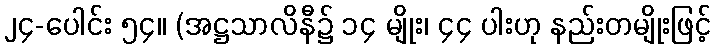
၂၄-ပေါင်း ၅၄။ (အဋ္ဌသာလိနီ၌ ၁၄ မျိုး၊ ၄၄ ပါးဟု နည်းတမျိုးဖြင့်